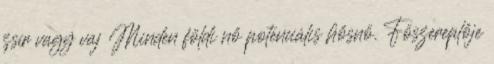
zsír vagy vaj Minden földi nő potenciális hősnő. Főszereplője